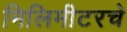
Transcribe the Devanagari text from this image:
मिलिमीटरचे